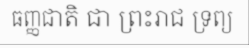
ធញ្ញជាតិ ជា ព្រះរាជ ទ្រព្យ